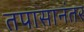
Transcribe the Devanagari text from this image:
तपासानंतर